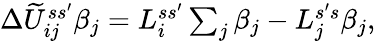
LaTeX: \begin{array}{r}{\Delta\widetilde U_{ij}^{ss^{\prime}}\beta_{j}=L_{i}^{ss^{\prime}}\sum_{j}\beta_{j}-L_{j}^{s^{\prime}s}\beta_{j},}\end{array}